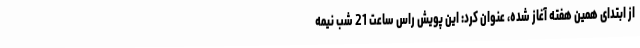
از ابتدای همین هفته آغاز شده، عنوان کرد: این پویش راس ساعت 21 شب نیمه